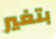
بتغير